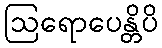
ဩရောပေန္တိပိ